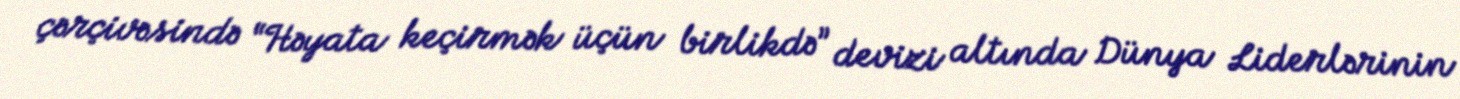
çərçivəsində “Həyata keçirmək üçün birlikdə” devizi altında Dünya Liderlərinin